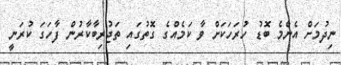
ނިދުމަށް އެންމެ ބޮޑު ހުރަހަކަށް ވާ ކަމެއްގެ ގޮތުގައި ތަޖުރިބާކާރުން ފާހަގަ ކުރަނީ